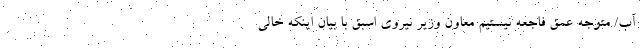
آب/ متوجه عمق فاجعه نیستیم معاون وزیر نیروی اسبق با بیان اینکه خالی